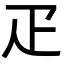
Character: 疋